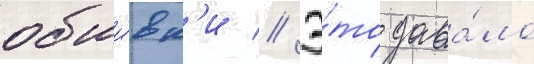
обши́вк'и // Э́то дава́ло